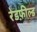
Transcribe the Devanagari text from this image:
रेडफ़ील्ड